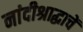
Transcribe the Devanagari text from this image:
नांदीश्राद्धाचें